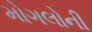
મોગલોની